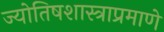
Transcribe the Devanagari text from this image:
ज्योतिषशास्त्राप्रमाणे